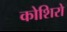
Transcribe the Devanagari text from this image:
कोशिरो